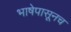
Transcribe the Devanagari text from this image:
भाषेपासूनच